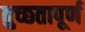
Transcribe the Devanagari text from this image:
तुच्छ्तापूर्ण